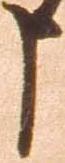
申